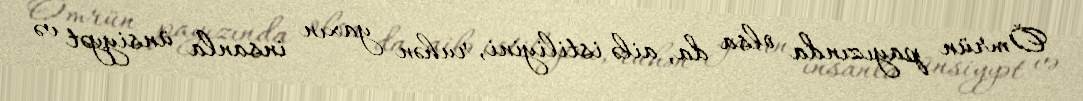
Ömrün payızında olsa da, ailə istiliyini, ruhən yaxın insanla ünsiyyət və